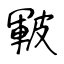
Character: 皸